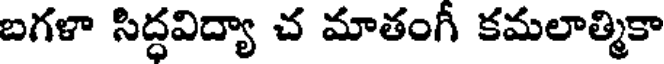
బగళా సిద్ధవిద్యా చ మాతంగీ కమలాత్మికా